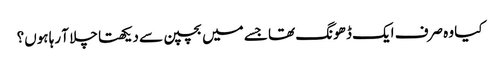
کیا وہ صرف ایک ڈھونگ تھا جسے میں بچپن سے دیکھتا چلا آ رہا ہوں؟